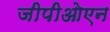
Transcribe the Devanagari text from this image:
जीपीओएन